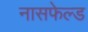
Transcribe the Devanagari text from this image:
नासफेल्ड